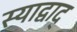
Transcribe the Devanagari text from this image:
स्याद्वाद्